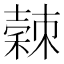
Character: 𥢉